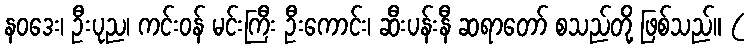
နဝဒေး၊ ဦးပုည၊ ကင်းဝန် မင်းကြီး ဦးကောင်း၊ ဆီးပန်းနီ ဆရာတော် စသည်တို့ ဖြစ်သည်။ (